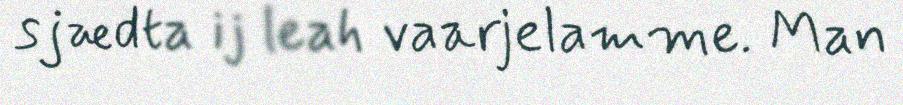
sjædta ij leah vaarjelamme. Man